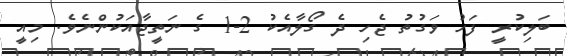
ބަލިކުރީ ފަހު ވަގުތު ޖެހި ދެ ގޯލާއެކު 2-1 ގެ ނަތީޖާއަކުންނެވެ. މިއީ